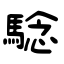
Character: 騐